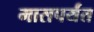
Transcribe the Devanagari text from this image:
मासपर्यंत